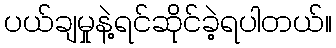
ပယ်ချမှုနဲ့ရင်ဆိုင်ခဲ့ရပါတယ်။